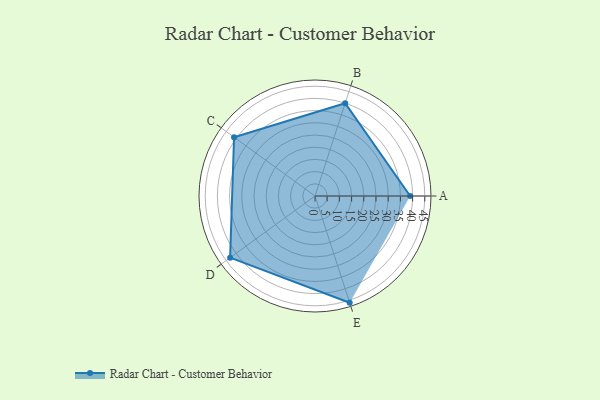
{"axis": {"x": "Skill", "y": "Score"}, "legend": ["Profile"], "data": [{"x": "A", "y": 39.0, "type": "Profile"}, {"x": "B", "y": 40.0, "type": "Profile"}, {"x": "C", "y": 41.0, "type": "Profile"}, {"x": "D", "y": 43.0, "type": "Profile"}, {"x": "E", "y": 46.0, "type": "Profile"}]}